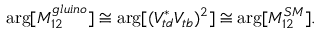
\arg [ M _ { 1 2 } ^ { g l u i n o } ] \cong \arg [ ( V _ { t d } ^ { * } V _ { t b } ) ^ { 2 } ] \cong \arg [ M _ { 1 2 } ^ { S M } ] .